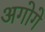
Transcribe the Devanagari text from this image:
अगोगे